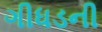
ગીધડની